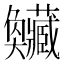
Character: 𡚥